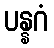
ပန္နဂံ